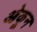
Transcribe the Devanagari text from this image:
ओकून